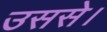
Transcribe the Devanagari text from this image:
उससे।